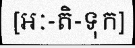
[អៈ-តិ-ទុក]